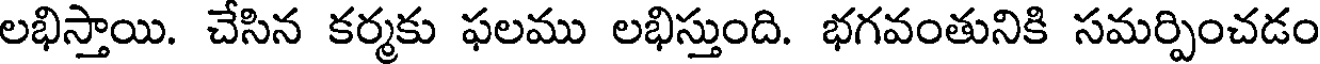
లభిస్తాయి. చేసిన కర్మకు ఫలము లభిస్తుంది. భగవంతునికి సమర్పించడం